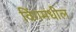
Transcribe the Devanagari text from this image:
विंगमधील